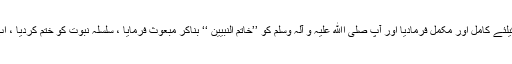
اور خالق کائنات نے اپنے آفاقی دین کو رحمۃللعلمین کیلئے کامل اور مکمل فرمادیا اور آپ صلی اﷲ علیہ و آلہٖ وسلم کو ’’خاتم النبیین ‘‘ بناکر مبعوث فرمایا ، سلسلہ نبوت کو ختم کردیا ، اب کوئی نبی آنے والے نہیں اور نہ ضرورت باقی ہے۔